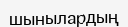
шынылардың